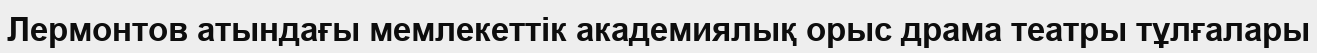
Лермонтов атындағы мемлекеттік академиялық орыс драма театры тұлғалары